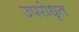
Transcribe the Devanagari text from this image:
उपरोधृत